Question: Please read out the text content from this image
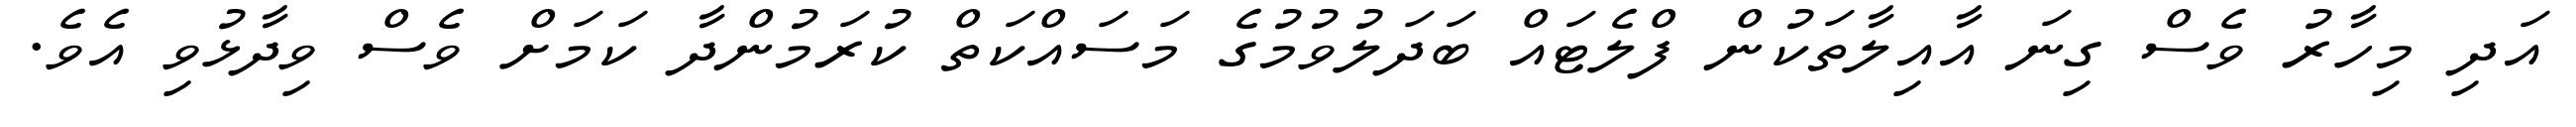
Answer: އަދި މިހާރު ވެސް ގިނަ އާއިލާތަކުން ފްލެޓައް ބަދަލުވުމުގެ މަސައްކަތް ކުރަމުންދާ ކަމަށް ވެސް ވިދާޅުވި އެވެ.